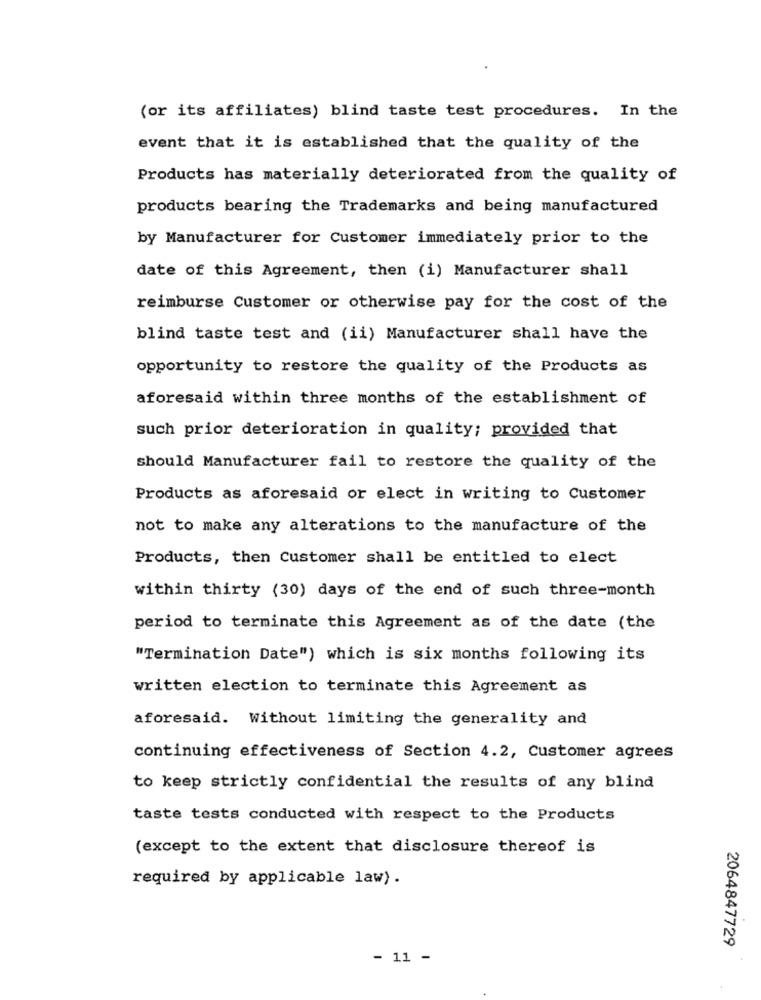
(or its affiliates) blind taste test procedures. In the
event that it is established that the quality of the
Products has materially deteriorated from the quality of
products bearing the Trademarks and being manufactured
by Manufacturer for Customer immediately prior to the
date of this Agreement, then (i) Manufacturer shall
reimburse Customer or otherwise pay for the cost of the
blind taste test and (ii) Manufacturer shall have the
opportunity to restore the quality of the Products as
aforesaid within three months of the establishment of
such prior deterioration in quality; provided that
should Manufacturer fail to restore the quality of the
Products as aforesaid or elect in writing to Customer
not to make any alterations to the manufacture of the
Products, then Customer shall be entitled to elect
within thirty (30) days of the end of such three-month
period to terminate this Agreement as of the date (the
"Termination Date") which is six months following its
written election to terminate this Agreement as
aforesaid. Without limiting the generality and
continuing effectiveness of Section 4.2, Customer agrees
to keep strictly confidential the results of any blind
taste tests conducted with respect to the Products
(except to the extent that disclosure thereof is
required by applicable law) .
2064847729
- 11 -